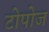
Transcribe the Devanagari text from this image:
टोपोज